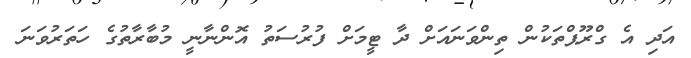
އަދި އެ ގްރޫޕްތަކުން ތިންވަނައަށް ދާ ޓީމަށް ފުރުސަތު އޮންނާނީ މުބާރާތުގެ ހަތަރުވަނަ